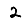
Digit: 2